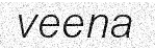
veena